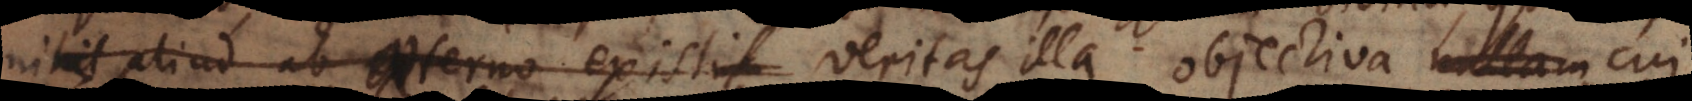
nihil aliud ab aeterno existit veritas illa objectiva nullam cui